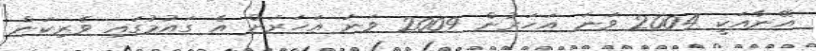
އޭނާއަކީ 2004 ވަނަ އަހަރުން 2009 ވަނަ އަހަރަށް އެ ގައުމުގައި ވެރިކަން